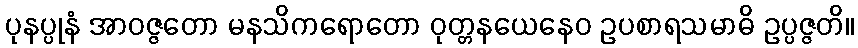
ပုနပ္ပုနံ အာဝဇ္ဇတော မနသိကရောတော ဝုတ္တနယေနေဝ ဥပစာရသမာဓိ ဥပ္ပဇ္ဇတိ။